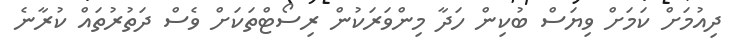
ދިއުމަށް ކަމަށް ވިޔަސް ބުކިން ހަދާ މިންވަރަކުން ރިސޯޓްތަކަށް ވެސް ދަތުރުތައް ކުރާނެ